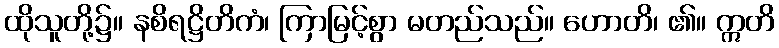
ထိုသူတို့၌။ နစိရဋ္ဌိတိကံ၊ ကြာမြင့်စွာ မတည်သည်။ ဟောတိ၊ ၏။ ဣတိ